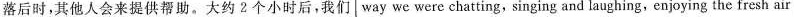
落后时，其他人会来提供帮助。大约 2个小时后，我们 way we were chatting,singing and laughing,enjoying the fresh air